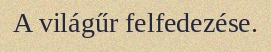
A világűr felfedezése.